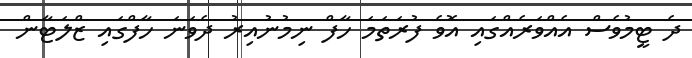
ދެ ޓީމުވެސް އެއްވަރެއްގައި އޮވެ ފުރަތަމަ ހާފް ނިމުނުއިރު ދެވަނަ ހާފްގައި ޒްލަޓާން